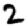
Digit: 2